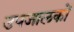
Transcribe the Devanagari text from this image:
उपजालकों